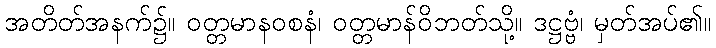
အတိတ်အနက်၌။ ဝတ္တမာနဝစနံ၊ ဝတ္တမာန်ဝိဘတ်သို့။ ဒဋ္ဌဗ္ဗံ၊ မှတ်အပ်၏။